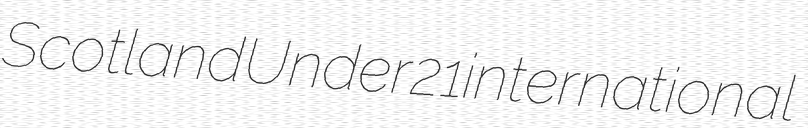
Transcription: Scotland Under 21 international